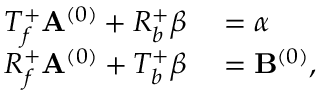
\begin{array} { r l } { T _ { f } ^ { + } \mathbf { A } ^ { ( 0 ) } + R _ { b } ^ { + } \beta } & { { } = \alpha } \\ { R _ { f } ^ { + } \mathbf { A } ^ { ( 0 ) } + T _ { b } ^ { + } \beta } & { { } = \mathbf { B } ^ { ( 0 ) } , } \end{array}